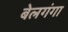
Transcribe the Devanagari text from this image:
बेलगंगा